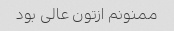
ممنونم ازتون عالی بود